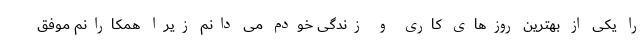
را یکی از بهترین روزهای کاری و زندگی خودم می دانم زیرا همکارانم موفق